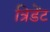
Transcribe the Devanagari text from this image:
त्रिडेंट